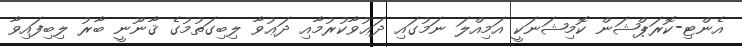
އެންޓި-ކޮރަޕްޝަން ކޮމިޝަނަކީ އަމިއްލަ ނަމުގައި ދަޢުވާކުރުމާއި ދަޢުވާ ލިބިގަތުމުގެ ޤާނޫނީ ބާރު ލިބިފައިވާ